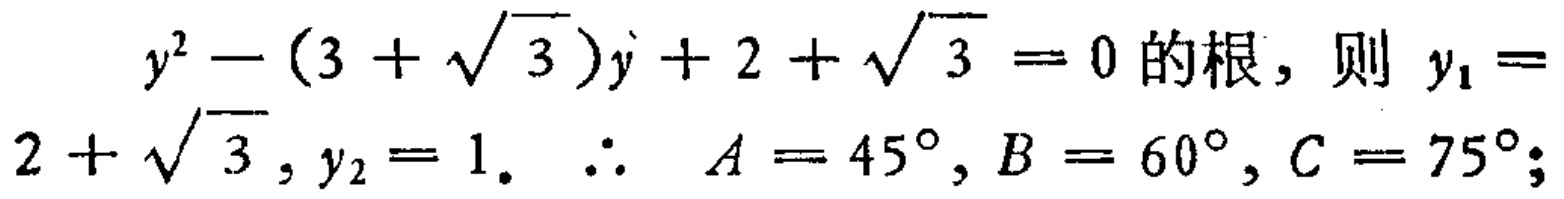
\(y^{2}-(3 + \sqrt{3})y + 2 + \sqrt{3} = 0\)的根，则\(y_{1}=2 + \sqrt{3},y_{2}=1.\) \(\therefore A = 45^{\circ},B = 60^{\circ},C = 75^{\circ};\)